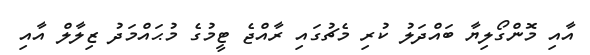
އާއި މޮންގޯލިޔާ ބައްދަލު ކުރި މެޗުގައި ރާއްޖެ ޓީމުގެ މުޙައްމަދު ޒިލާލް އާއި